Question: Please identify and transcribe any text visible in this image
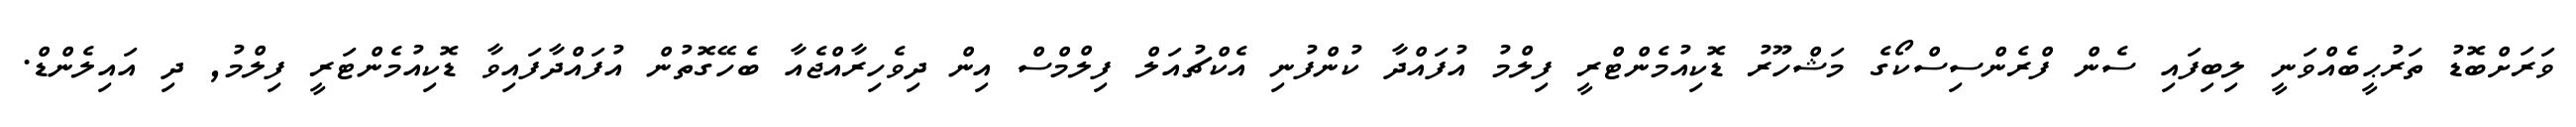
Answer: ވަރަށްބޮޑު ތަރުޙީބެއްވަނީ ލިބިފައި ސެން ފްރެންސިސްކޯގެ މަޝްހޫރު ޑޮކިއުމެންޓްރީ ފިލްމު އުފައްދާ ކުންފުނި އެކްޗުއަލް ފިލްމްސް އިން ދިވެހިރާއްޖެއާ ބެހޭގޮތުން އުފައްދާފައިވާ ޑޮކިއުމެންޓަރީ ފިލްމު, ދި އައިލެންޑް.